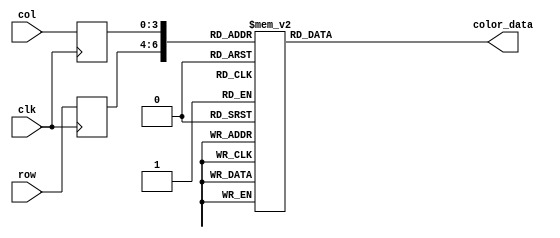
module key_rom
	(
		input wire clk,
		input wire [2:0] row,
		input wire [3:0] col,
		output reg [11:0] color_data
	);

	(* rom_style = "block" *)

	//signal declaration
	reg [2:0] row_reg;
	reg [3:0] col_reg;

	always @(posedge clk)
		begin
		row_reg <= row;
		col_reg <= col;
		end

	always @*
	case ({row_reg, col_reg})
		7'b0000000: color_data = 12'b000011111111;
		7'b0000001: color_data = 12'b000000000000;
		7'b0000010: color_data = 12'b000000000000;
		7'b0000011: color_data = 12'b000000000000;
		7'b0000100: color_data = 12'b000000000000;
		7'b0000101: color_data = 12'b000011111111;
		7'b0000110: color_data = 12'b000011111111;
		7'b0000111: color_data = 12'b000011111111;
		7'b0001000: color_data = 12'b000011111111;
		7'b0001001: color_data = 12'b000011111111;
		7'b0001010: color_data = 12'b000011111111;
		7'b0001011: color_data = 12'b000011111111;
		7'b0001100: color_data = 12'b000011111111;
		7'b0001101: color_data = 12'b000011111111;
		7'b0001110: color_data = 12'b000011111111;
		7'b0001111: color_data = 12'b000011111111;
		7'b00010000: color_data = 12'b000011111111;
		7'b0010000: color_data = 12'b000000000000;
		7'b0010001: color_data = 12'b000000000000;
		7'b0010010: color_data = 12'b111111111111;
		7'b0010011: color_data = 12'b111111111111;
		7'b0010100: color_data = 12'b000000000000;
		7'b0010101: color_data = 12'b000000000000;
		7'b0010110: color_data = 12'b000011111111;
		7'b0010111: color_data = 12'b000011111111;
		7'b0011000: color_data = 12'b000011111111;
		7'b0011001: color_data = 12'b000011111111;
		7'b0011010: color_data = 12'b000011111111;
		7'b0011011: color_data = 12'b000011111111;
		7'b0011100: color_data = 12'b000011111111;
		7'b0011101: color_data = 12'b000011111111;
		7'b0011110: color_data = 12'b000011111111;
		7'b0011111: color_data = 12'b000011111111;
		7'b00110000: color_data = 12'b000011111111;
		7'b0100000: color_data = 12'b000000000000;
		7'b0100001: color_data = 12'b111111111111;
		7'b0100010: color_data = 12'b000000000000;
		7'b0100011: color_data = 12'b000000000000;
		7'b0100100: color_data = 12'b111111111111;
		7'b0100101: color_data = 12'b000000000000;
		7'b0100110: color_data = 12'b000000000000;
		7'b0100111: color_data = 12'b000011111111;
		7'b0101000: color_data = 12'b000011111111;
		7'b0101001: color_data = 12'b000011111111;
		7'b0101010: color_data = 12'b000011111111;
		7'b0101011: color_data = 12'b000011111111;
		7'b0101100: color_data = 12'b000011111111;
		7'b0101101: color_data = 12'b000011111111;
		7'b0101110: color_data = 12'b000011111111;
		7'b0101111: color_data = 12'b000011111111;
		7'b01010000: color_data = 12'b000011111111;
		7'b0110000: color_data = 12'b000000000000;
		7'b0110001: color_data = 12'b111111111111;
		7'b0110010: color_data = 12'b000000000000;
		7'b0110011: color_data = 12'b111111111111;
		7'b0110100: color_data = 12'b000000000000;
		7'b0110101: color_data = 12'b111111111111;
		7'b0110110: color_data = 12'b000000000000;
		7'b0110111: color_data = 12'b000000000000;
		7'b0111000: color_data = 12'b000000000000;
		7'b0111001: color_data = 12'b000000000000;
		7'b0111010: color_data = 12'b000000000000;
		7'b0111011: color_data = 12'b000000000000;
		7'b0111100: color_data = 12'b000000000000;
		7'b0111101: color_data = 12'b000000000000;
		7'b0111110: color_data = 12'b000000000000;
		7'b0111111: color_data = 12'b000000000000;
		7'b01110000: color_data = 12'b000000000000;
		7'b1000000: color_data = 12'b000011111111;
		7'b1000001: color_data = 12'b000000000000;
		7'b1000010: color_data = 12'b111111111111;
		7'b1000011: color_data = 12'b000000000000;
		7'b1000100: color_data = 12'b111111111111;
		7'b1000101: color_data = 12'b111111111111;
		7'b1000110: color_data = 12'b111111111111;
		7'b1000111: color_data = 12'b111111111111;
		7'b1001000: color_data = 12'b111111111111;
		7'b1001001: color_data = 12'b111111111111;
		7'b1001010: color_data = 12'b111111111111;
		7'b1001011: color_data = 12'b111111111111;
		7'b1001100: color_data = 12'b111111111111;
		7'b1001101: color_data = 12'b111111111111;
		7'b1001110: color_data = 12'b111111111111;
		7'b1001111: color_data = 12'b111111111111;
		7'b10010000: color_data = 12'b000000000000;
		7'b1010000: color_data = 12'b000000000000;
		7'b1010001: color_data = 12'b111111111111;
		7'b1010010: color_data = 12'b000000000000;
		7'b1010011: color_data = 12'b111111111111;
		7'b1010100: color_data = 12'b000000000000;
		7'b1010101: color_data = 12'b111111111111;
		7'b1010110: color_data = 12'b000000000000;
		7'b1010111: color_data = 12'b000000000000;
		7'b1011000: color_data = 12'b000000000000;
		7'b1011001: color_data = 12'b000000000000;
		7'b1011010: color_data = 12'b000000000000;
		7'b1011011: color_data = 12'b000000000000;
		7'b1011100: color_data = 12'b111111111111;
		7'b1011101: color_data = 12'b111111111111;
		7'b1011110: color_data = 12'b111111111111;
		7'b1011111: color_data = 12'b000000000000;
		7'b10110000: color_data = 12'b000000000000;
		7'b1100000: color_data = 12'b000000000000;
		7'b1100001: color_data = 12'b111111111111;
		7'b1100010: color_data = 12'b000000000000;
		7'b1100011: color_data = 12'b000000000000;
		7'b1100100: color_data = 12'b111111111111;
		7'b1100101: color_data = 12'b000000000000;
		7'b1100110: color_data = 12'b000000000000;
		7'b1100111: color_data = 12'b000011111111;
		7'b1101000: color_data = 12'b000011111111;
		7'b1101001: color_data = 12'b000011111111;
		7'b1101010: color_data = 12'b000011111111;
		7'b1101011: color_data = 12'b000000000000;
		7'b1101100: color_data = 12'b111111111111;
		7'b1101101: color_data = 12'b000000000000;
		7'b1101110: color_data = 12'b111111111111;
		7'b1101111: color_data = 12'b000000000000;
		7'b11010000: color_data = 12'b000011111111;
		7'b1110000: color_data = 12'b000000000000;
		7'b1110001: color_data = 12'b000000000000;
		7'b1110010: color_data = 12'b111111111111;
		7'b1110011: color_data = 12'b111111111111;
		7'b1110100: color_data = 12'b000000000000;
		7'b1110101: color_data = 12'b000000000000;
		7'b1110110: color_data = 12'b000011111111;
		7'b1110111: color_data = 12'b000011111111;
		7'b1111000: color_data = 12'b000011111111;
		7'b1111001: color_data = 12'b000011111111;
		7'b1111010: color_data = 12'b000011111111;
		7'b1111011: color_data = 12'b000000000000;
		7'b1111100: color_data = 12'b000000000000;
		7'b1111101: color_data = 12'b000011111111;
		7'b1111110: color_data = 12'b000000000000;
		7'b1111111: color_data = 12'b000000000000;
		7'b11110000: color_data = 12'b000011111111;
		7'b10000000: color_data = 12'b000011111111;
		7'b10000001: color_data = 12'b000000000000;
		7'b10000010: color_data = 12'b000000000000;
		7'b10000011: color_data = 12'b000000000000;
		7'b10000100: color_data = 12'b000000000000;
		7'b10000101: color_data = 12'b000011111111;
		7'b10000110: color_data = 12'b000011111111;
		7'b10000111: color_data = 12'b000011111111;
		7'b10001000: color_data = 12'b000011111111;
		7'b10001001: color_data = 12'b000011111111;
		7'b10001010: color_data = 12'b000011111111;
		7'b10001011: color_data = 12'b000011111111;
		7'b10001100: color_data = 12'b000011111111;
		7'b10001101: color_data = 12'b000011111111;
		7'b10001110: color_data = 12'b000011111111;
		7'b10001111: color_data = 12'b000011111111;
		7'b100010000: color_data = 12'b000011111111;
		default: color_data = 12'b000000000000;
	endcase
endmodule